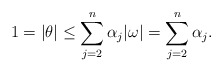
\begin{align*} 1=\vert \theta \vert \leq \sum_{j=2}^{n}\alpha_j\vert \omega\vert=\sum_{j=2}^n\alpha_j. \end{align*}